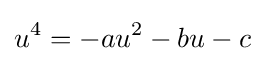
u^{4}=-au^{2}-bu-c